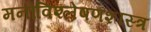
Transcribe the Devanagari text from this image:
मनोविश्लेषणशास्त्र